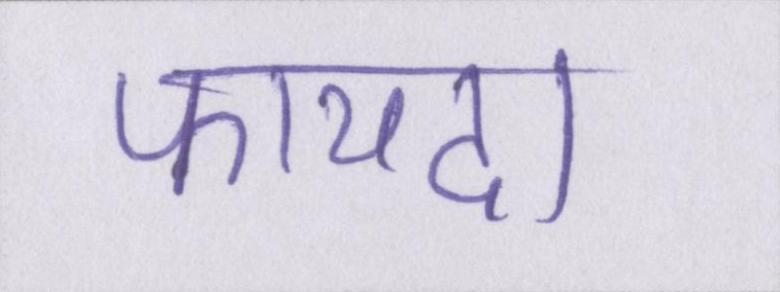
फायदा